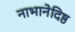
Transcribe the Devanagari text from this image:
नाभानेदिष्ठ